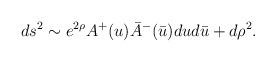
LaTeX: \begin{align*}ds^2 \sim e^{2\rho} A^+(u) \bar A^-(\bar u) du d\bar u + d\rho^2.\end{align*}